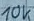
Text: 10K